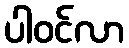
ပါဝင်လာ